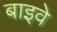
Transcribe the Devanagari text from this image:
बाइवे